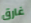
غارق